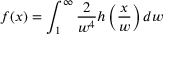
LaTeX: f ( x ) = \int _ { 1 } ^ { \infty } { \frac { 2 } { w ^ { 4 } } } h \left( { \frac { x } { w } } \right) d w